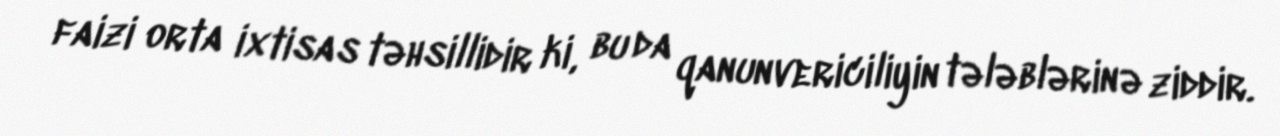
faizi orta ixtisas təhsillidir ki, bu da qanunvericiliyin tələblərinə ziddir.